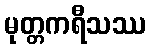
မုတ္တကရီသဿ